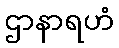
ဌာနာရဟံ